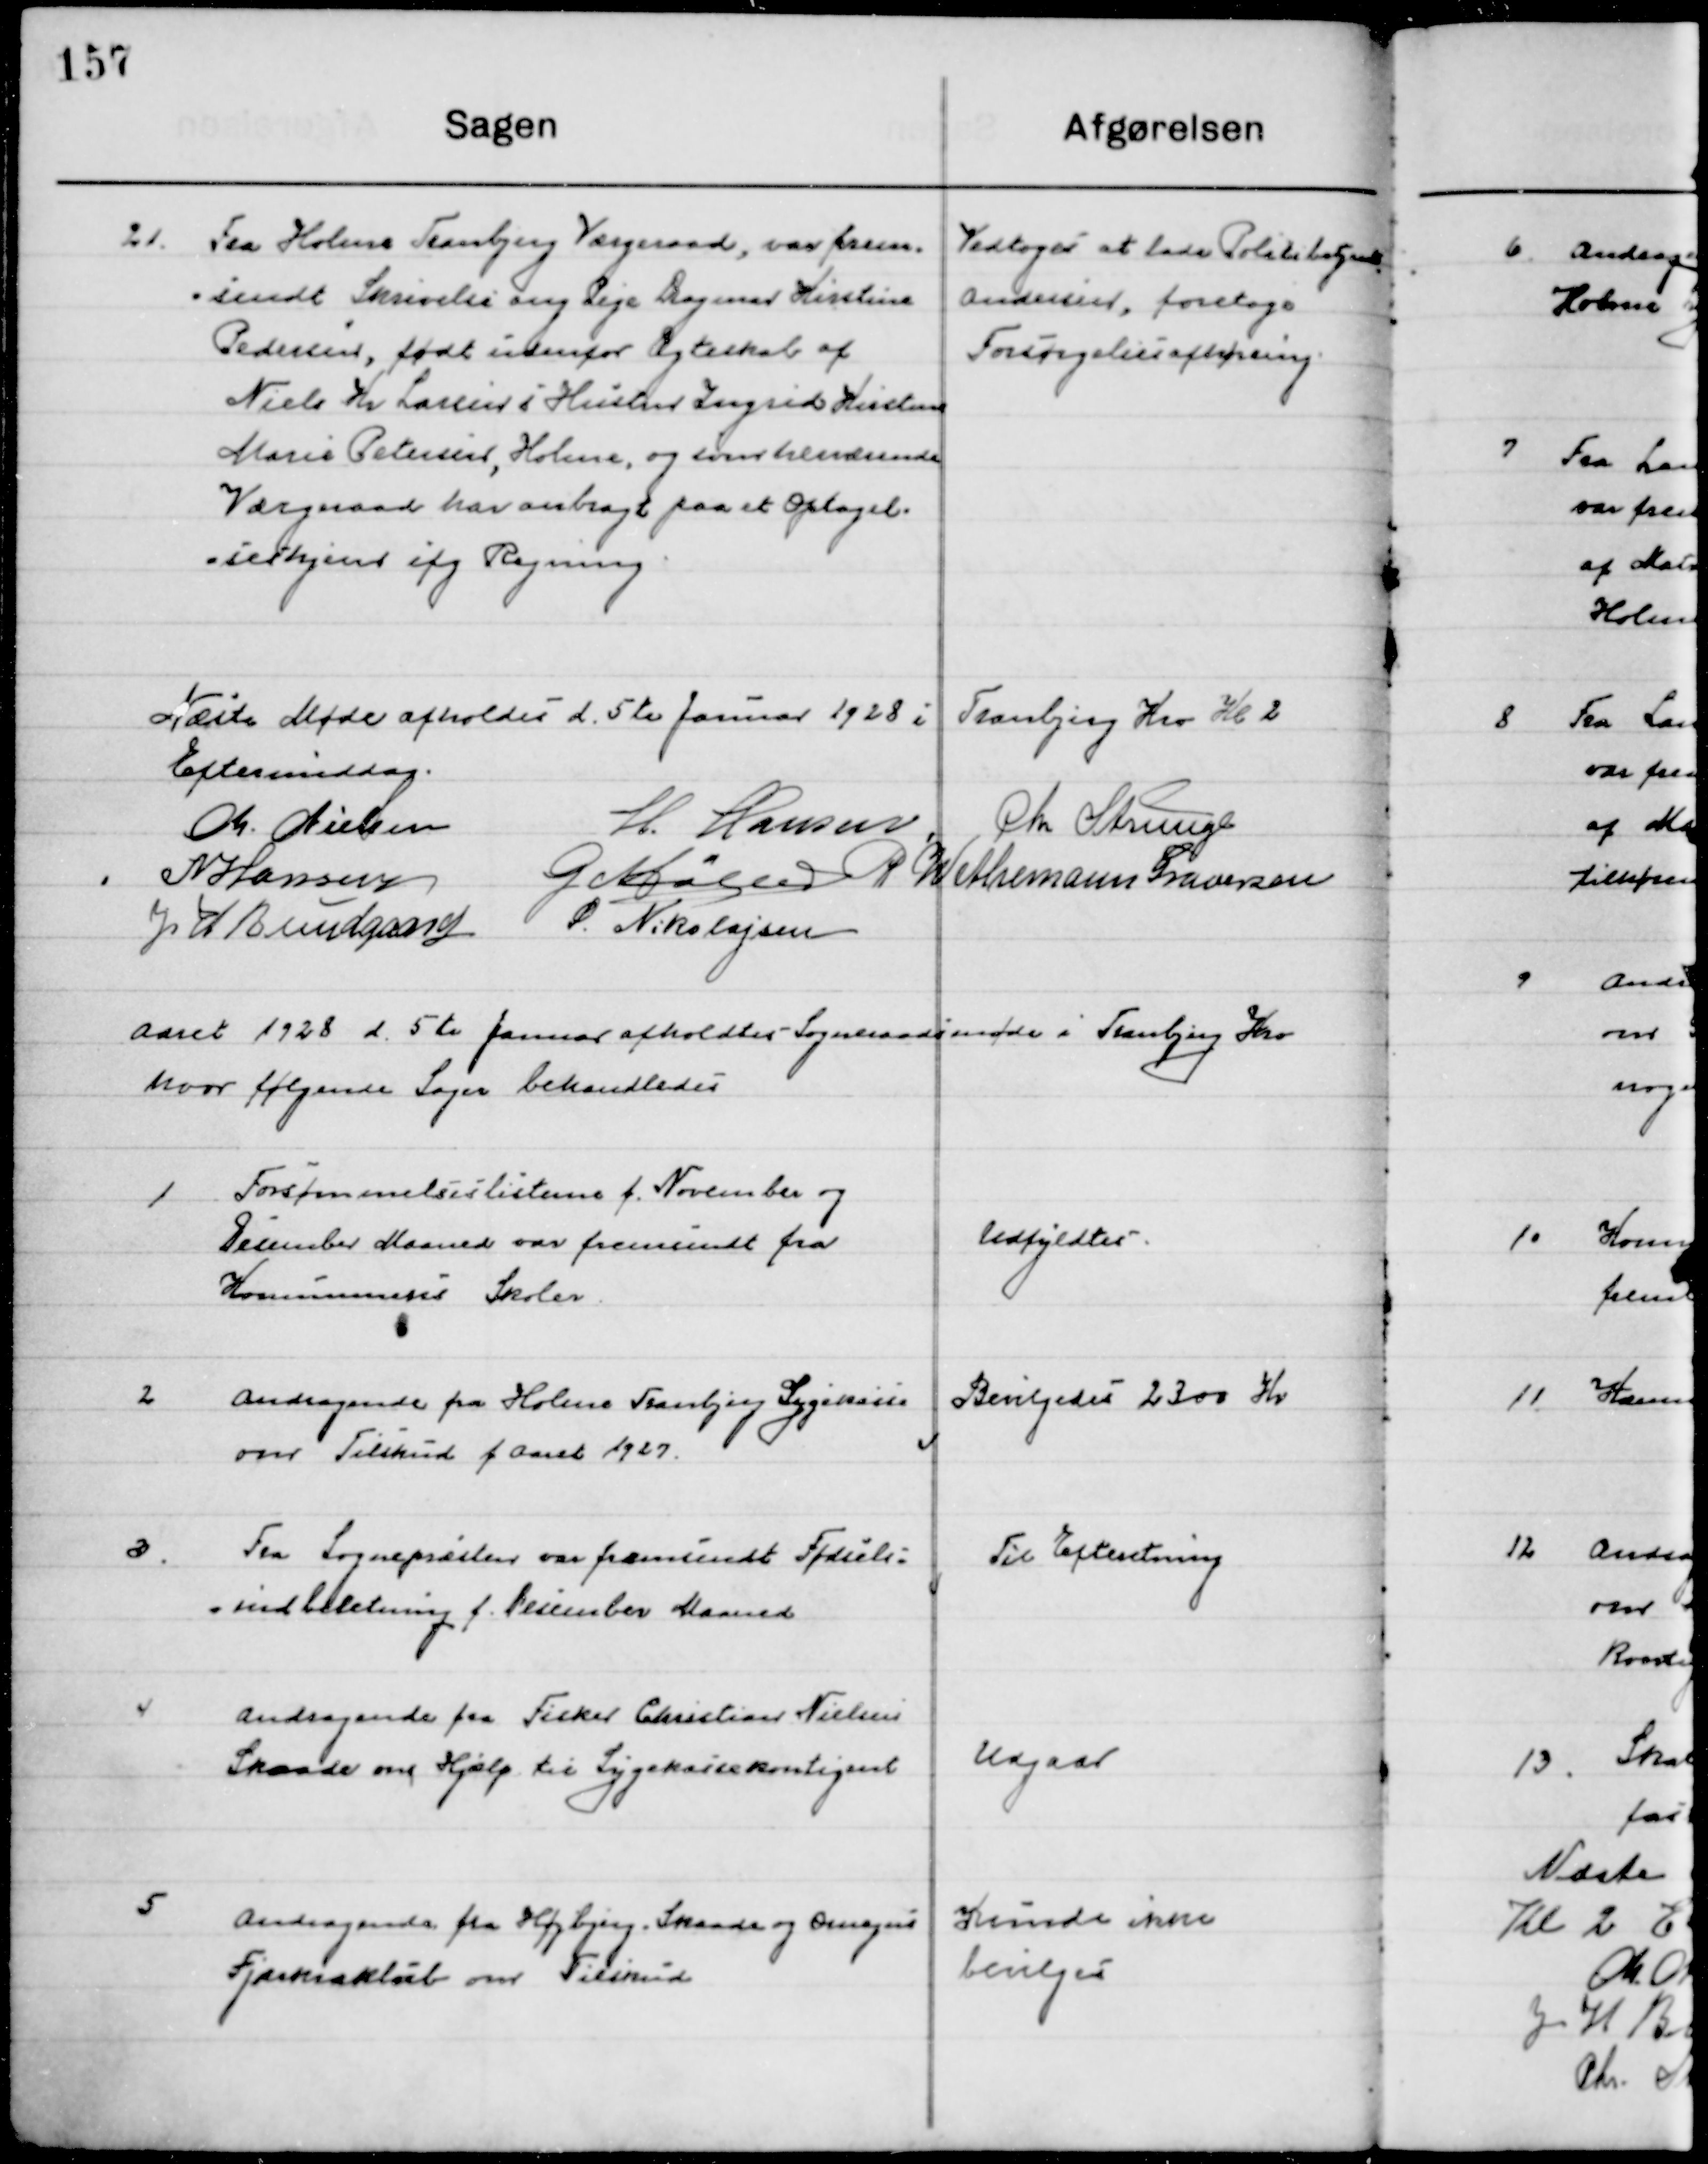
Transskription:
21

Fra Holme Tranbjerg Værgeraad, var frem-
sendt Skrivelse ang. Pige Dagmar Kirstine
Pedersen, født indenfor Ægteskab af
Niels Kr. Larsens Hustru Ingrid Kirsten
Marie Petersen, Holme, og som herværende
Værgeraad har anbragt paa et Optagel- 
seshjem ifg. Regning.

Vedtoges at lade Politibetjent
Andersen, foretage
Forsørgelsesafhøring.

Næste Møde afholdes d. 5te Januar 1928 i Tranbjerg Kro Kl. 2 
Eftermiddag.

M. Nielsen
H. Hansen
Chr. Strunge
N. Hansen
G. Møller
P. Wethemann Graversen
J. H. Bundgaard
S. Nikolajsen

Aaret 1928 d. 5te Januar afholdtes  Sogneraadsmøde i Tranbjerg Kro
hvor følgende Sager behandledes.

1

Forsømmelseslisterne f. November og
December Maaned var fremsendt fra 
Kommunens Skoler

Udfyldtes

2

Andragende fra Holme Tranbjerg Sygekassen
om Tilskud f. Aaret 1927.

Bevilgedes 2300 Kr.

3

Fra Sognepræsten var fremsendt Fødsels-
indberetning f. December Maaned

Til Efterretning

4

Andragende fra Fisker Christian Nielsen
Skaade, om Hjælp til Sygekassekontingent

Udgaar

5

Andragende fra Højbjerg, Skaade og Omegns
Fjerkræklub om Tilskud.

Kunde ikke
bevilges